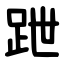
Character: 跇